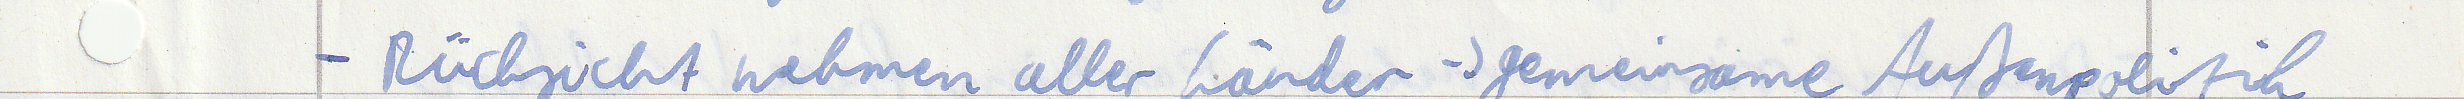
- Rücksicht nehmen aller Länder -> gemeinsame Außenpolitik